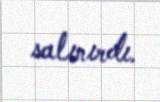
salınırdı.